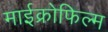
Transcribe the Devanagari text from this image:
माईक्रोफिल्म